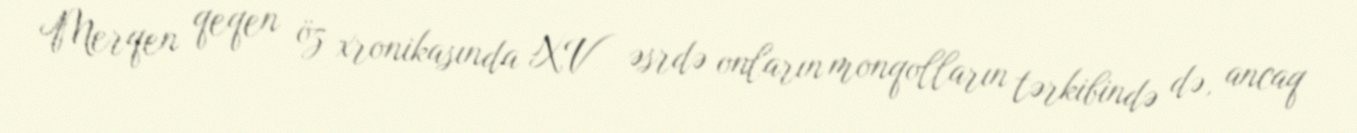
Merqen qeqen öz xronikasında XV əsrdə onların monqolların tərkibində də, ancaq